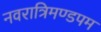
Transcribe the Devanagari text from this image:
नवरात्रिमण्डपम